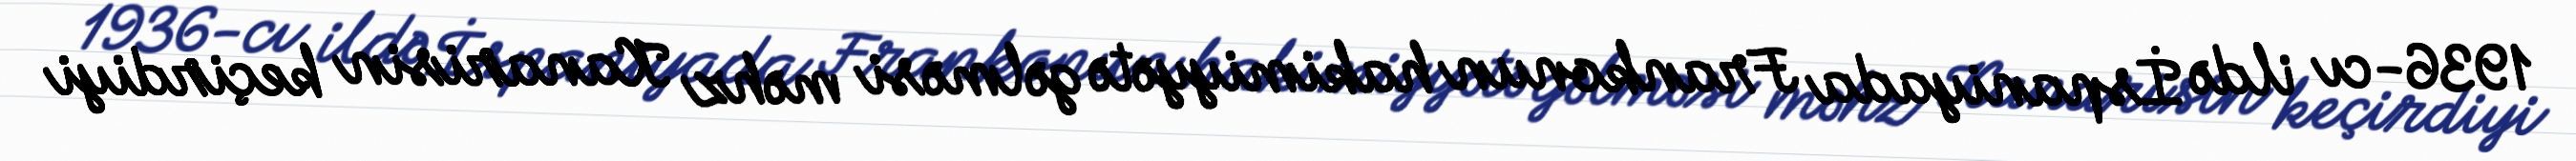
1936-cı ildə İspaniyada Frankonun hakimiyyətə gəlməsi məhz Kanarisin keçirdiyi